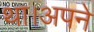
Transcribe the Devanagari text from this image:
था।अपने